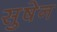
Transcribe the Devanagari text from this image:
सुषेन